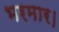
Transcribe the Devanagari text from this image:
भरमार।